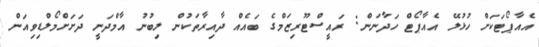
އެއާޕޯޓަކަށް ހުޅުލޭ އެއާޕޯޓް ހަދާނަން: ރައީސްޓޫރިޒަމްގެ ބައެއް ދާއިރާތަކުން ލިބުނު އާމްދަނީ ދަށަށްމޯލްޑިވިއަން